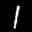
Label: 1